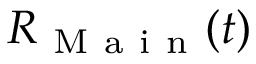
R _ { \mathrm { ~ M ~ a ~ i ~ n ~ } } ( t )